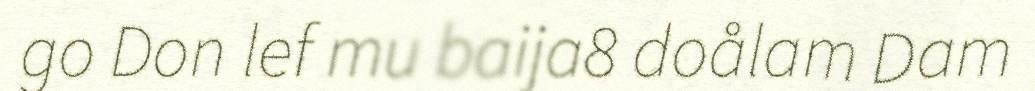
go Don lef mu baija8 doålam Dam